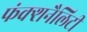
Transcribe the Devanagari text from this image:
फंक्शनैलिटी